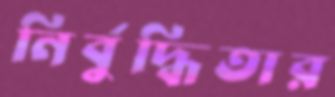
নির্বুদ্ধিতার